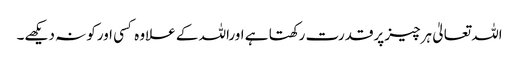
اللہ تعالیٰ ہرچیز پرقدرت رکھتا ہے اوراللہ کے علاوہ کسی اورکو نہ دیکھے۔